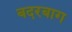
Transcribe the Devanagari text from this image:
बदरबाग